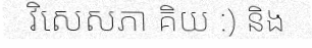
វិសេសភា គិយ :) និង